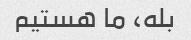
بله، ما هستیم